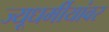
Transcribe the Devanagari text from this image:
ज्यूधर्मीयांवर